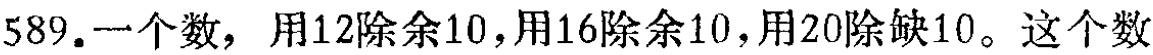
589.一个数，用12除余10，用16除余10，用20除缺10。这个数